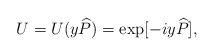
\begin{align*}U=U( y{\widehat{P}})=\exp [-i y{\widehat{P}}],\end{align*}